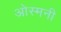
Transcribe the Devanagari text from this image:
ओस्मनी